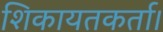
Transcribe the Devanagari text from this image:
शिकायतकर्ता।